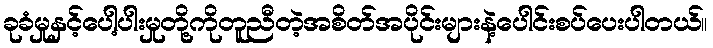
ခုခံမှုနှင့်ပေါ့ပါးမှုတို့ကိုတူညီတဲ့အစိတ်အပိုင်းများနဲ့ပေါင်းစပ်ပေးပါတယ်။